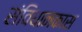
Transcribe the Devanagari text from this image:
संविधानकास